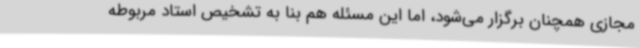
مجازی همچنان برگزار می‌شود، اما این مسئله هم بنا به تشخیص استاد مربوطه